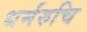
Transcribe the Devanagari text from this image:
धर्मरुचि